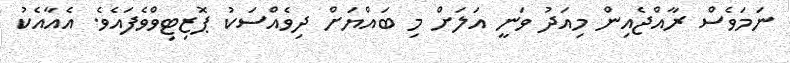
ނަމަވެސް ރާއްޖެއިން މިއަދު ވަނީ އަލަށް މި ބައްޔަށް ދިވެއްސަކު ޕޮޒިޓިވްވެފައެވެ. އެއާއެކު